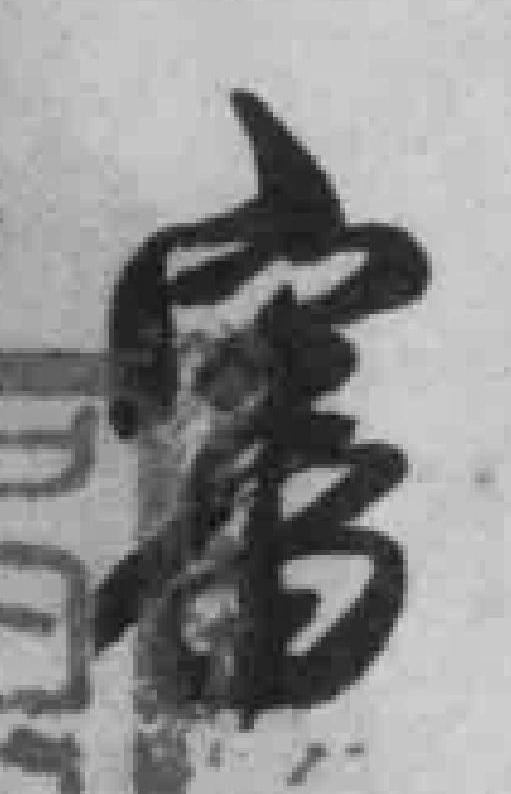
當